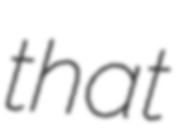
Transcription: that